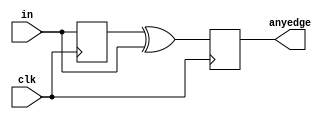
module top_module (
    input clk,
    input [7:0] in,
    output [7:0] anyedge
);
    
    reg [7:0] in_old;
    
    always @(posedge clk) begin
        in_old <= in;
        anyedge <= in_old ^ in;
    end

endmodule